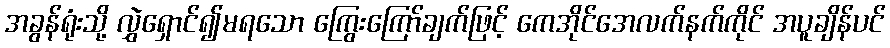
အခွန်ရုံးသို့ လွှဲရှောင်၍မရသော ကြွေးကြော်ချက်ဖြင့် ကေအိုင်အေလက်နက်ကိုင် အပူချိန်ပင်